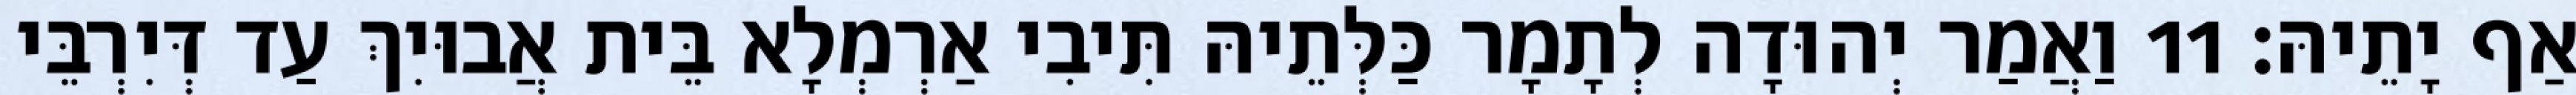
אַף יָתֵיהּ׃ 11 וַאֲמַר יְהוּדָה לְתָמָר כַּלְּתֵיהּ תִּיבִי אַרְמְלָא בֵּית אֲבוּיִךְ עַד דְּיִרְבֵּי